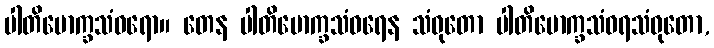
ပါတိမောက္ခသံဝရော။ တေန ပါတိမောက္ခသံဝရေန သံဝုတော ပါတိမောက္ခသံဝရသံဝုတော,